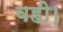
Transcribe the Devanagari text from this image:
वही।